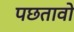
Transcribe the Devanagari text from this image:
पछतावो